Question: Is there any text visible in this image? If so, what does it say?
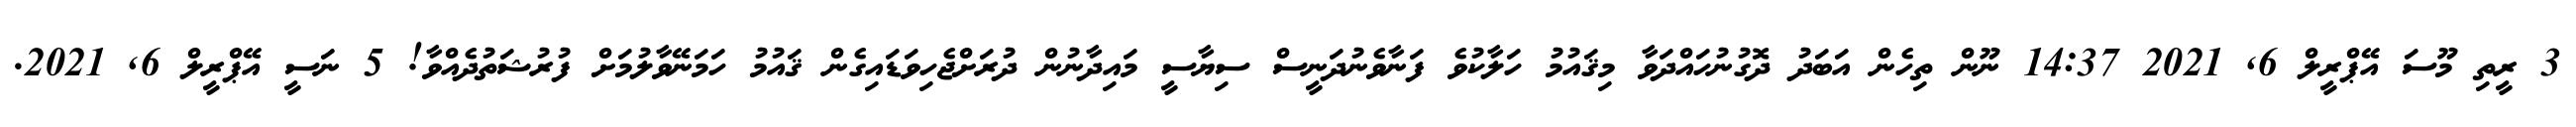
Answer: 3 ރީތި މޫސަ އޭޕްރީލް 6, 2021 14:37 ނޫން ތިހެން އަބަދު ދޮގުނުހައްދަވާ މިޤައުމު ހަލާކުވެ ފަނާވެނުދަނީސް ސިޔާސީ މައިދާނުން ދުރަށްޖެހިވަޑައިގެން ޤައުމު ހަމަނޭވާލުމަށް ފުރުޝަތުދެއްވާ! 5 ނަސީ އޭޕްރީލް 6, 2021.